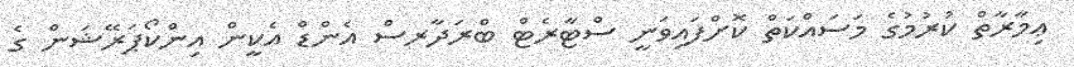
ޢިމާރާތް ކުރުމުގެ މަސައްކަތް ކޮށްފައިވަނީ ސްޓާރެޓް ބްރަދާރސް އެންޑް އެކީން އިންކޯޕަރޭޝަން ގެ